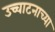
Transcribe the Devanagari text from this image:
उच्चाटनाच्या